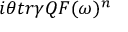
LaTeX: i \theta t r \gamma Q { \cal F } ( \omega ) ^ { n }